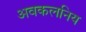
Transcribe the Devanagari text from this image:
अवकलनिय